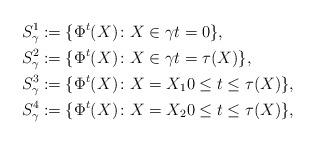
LaTeX: \begin{align*} S_\gamma^1 & := \{ \Phi^t(X) \colon X \in \gamma t = 0 \}, \\ S_\gamma^2 & := \{ \Phi^t(X) \colon X \in \gamma t = \tau(X) \}, \\ S_\gamma^3 & := \{ \Phi^t(X) \colon X=X_1 0 \leq t \leq \tau(X) \}, \\ S_\gamma^4 & := \{ \Phi^t(X) \colon X=X_2 0 \leq t \leq \tau(X) \},\end{align*}